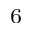
_ 6